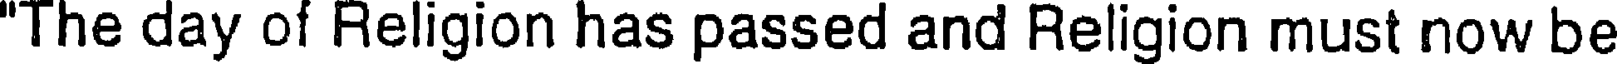
"The day of Religion has passed and Religion must now be